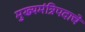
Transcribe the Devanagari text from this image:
मुख्यमंत्रिपदाचे